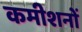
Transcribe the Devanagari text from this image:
कमीशनों